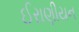
ઈરાણીયન